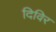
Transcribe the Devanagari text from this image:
दिविर